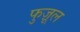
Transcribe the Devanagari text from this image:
फुज़ूल